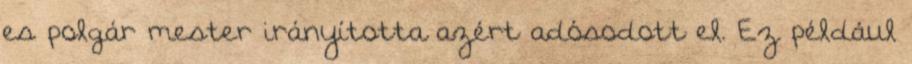
es polgár mester irányította azért adósodott el. Ez például